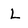
Character: L